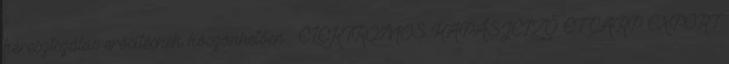
keresztszálas erősítésnek köszönhetően . ELEKTROMOS KAPÁSJELZŐ ET CARP EXPERT